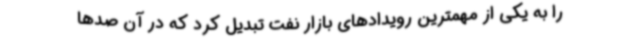
را به یکی از مهمترین رویدادهای بازار نفت تبدیل کرد که در آن صدها